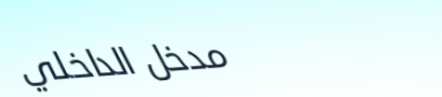
مدخل الداخلي